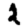
Digit: 2